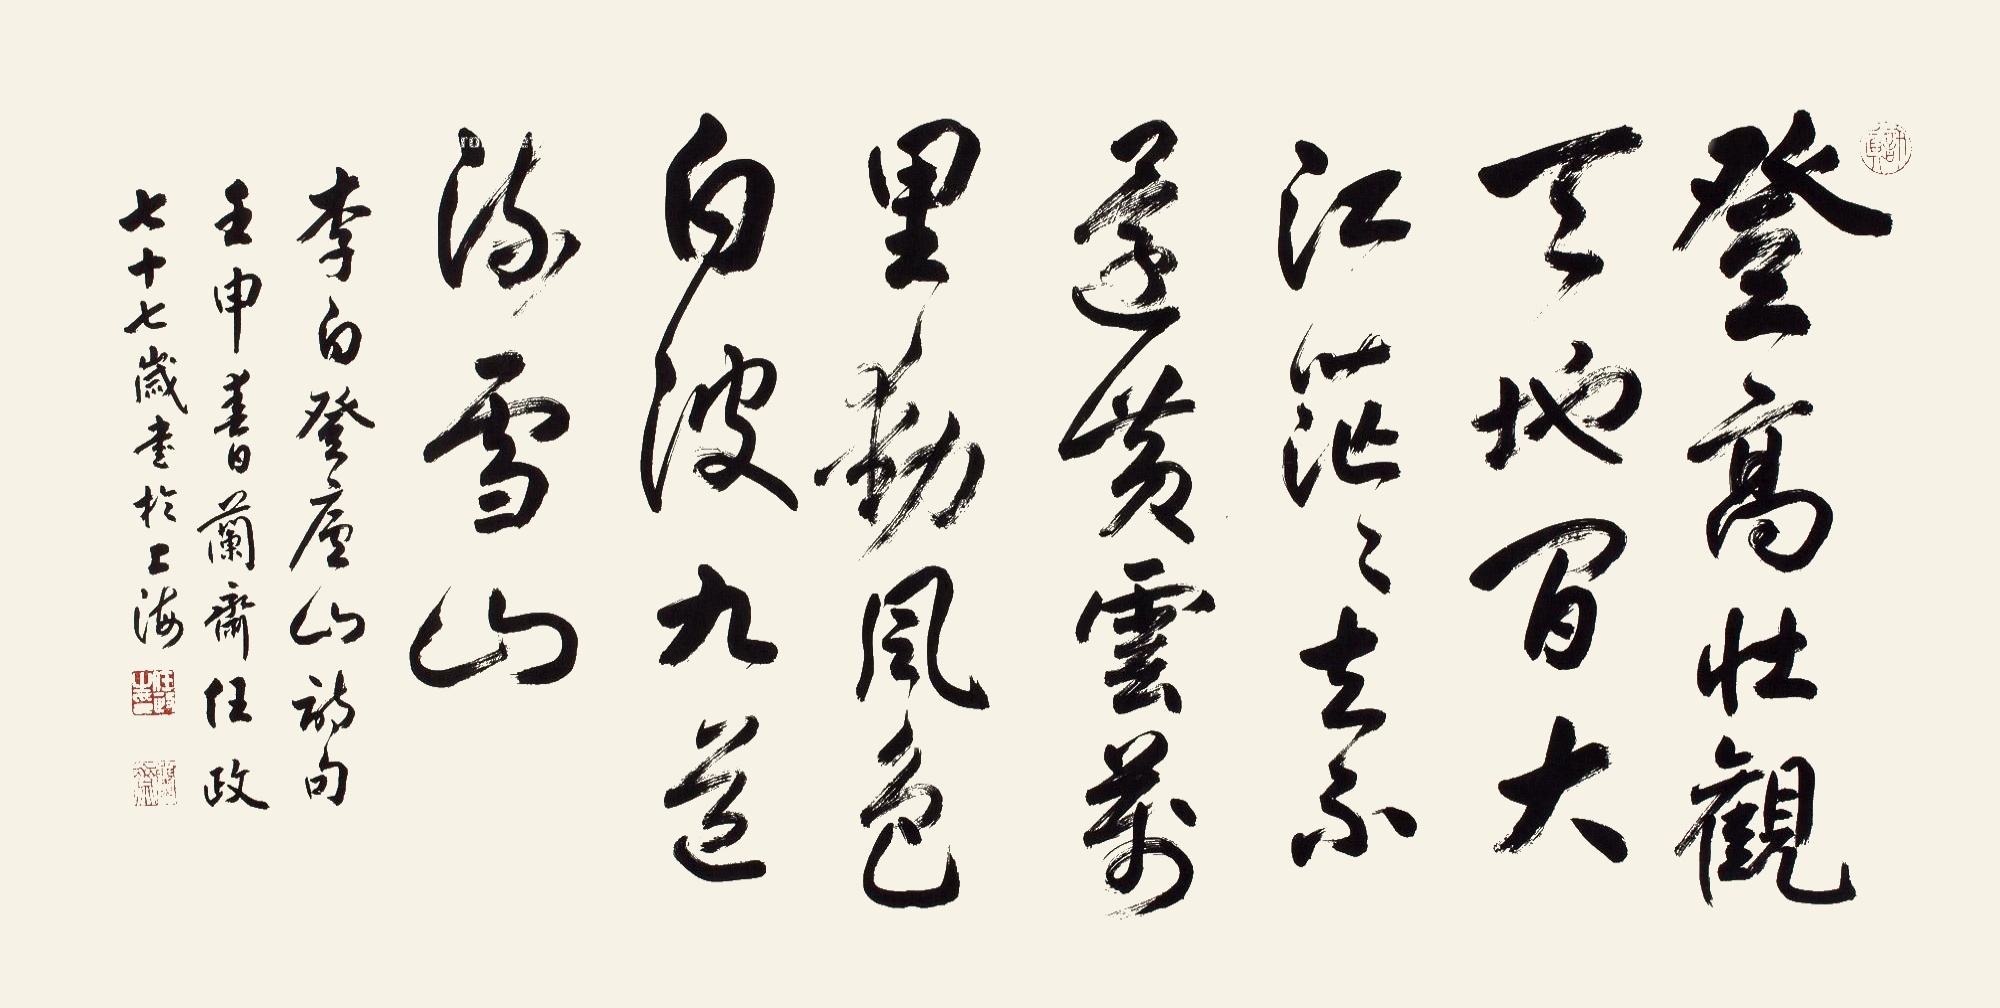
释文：登高壮观天地间，大江茫茫去不还。黄云万里动风色，白波九道流雪山。李白登庐山诗句，壬申书兰斋任政，七十七岁书于上海。